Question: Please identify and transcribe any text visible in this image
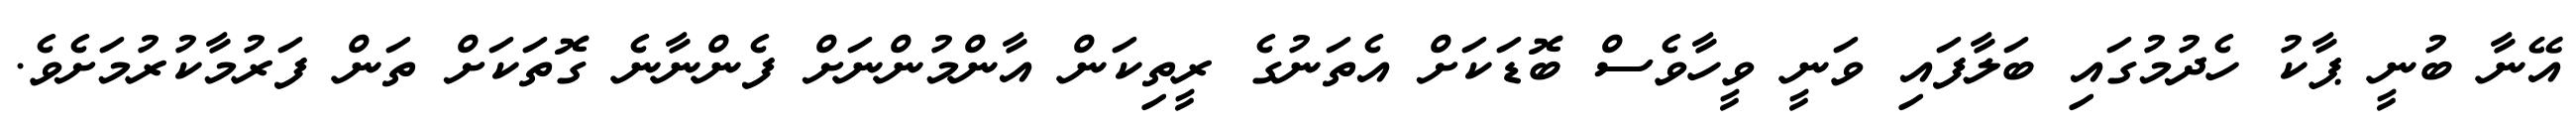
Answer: އޭނާ ބުނީ ޕާކު ހެދުމުގައި ބަލާފައި ވަނީ ވީހާވެސް ބޮޑަކަށް އެތަނުގެ ރީތިކަން އާންމުންނަށް ފެންނާނެ ގޮތަކަށް ތަން ފަރުމާކުރުމަށެވެ.